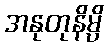
အနုတုနိမ္ပိ